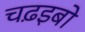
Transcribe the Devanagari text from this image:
चढ़इबो